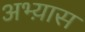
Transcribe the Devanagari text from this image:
अभ्य़ास